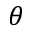
\theta